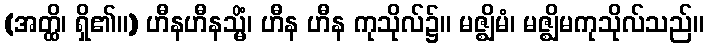
(အတ္ထိ၊ ရှိ၏။) ဟီနဟီနသ္မိံ၊ ဟီန ဟီန ကုသိုလ်၌။ မဇ္ဈိမံ၊ မဇ္ဈိမကုသိုလ်သည်။